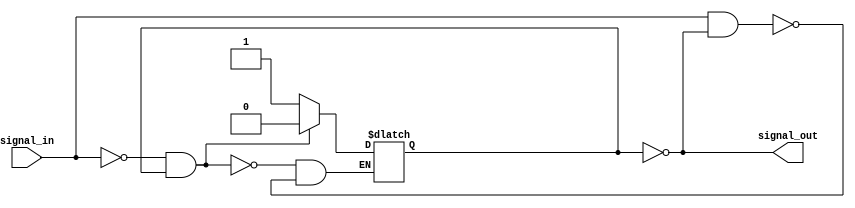
module Schmitt_trigger_inverter (
    input signal_in,
    output signal_out
);

    reg flip_flop;

    always @ (signal_in) begin
        if (signal_in == 1'b0 && flip_flop == 1'b1)
            flip_flop <= 1'b0;
        else if (signal_in == 1'b1 && flip_flop == 1'b0)
            flip_flop <= 1'b1;
    end

    assign signal_out = ~flip_flop;

endmodule